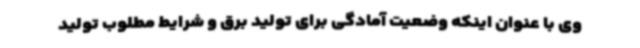
وی با عنوان اینکه وضعیت آمادگی برای تولید برق و شرایط مطلوب تولید